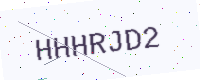
Text: HHHRJD2